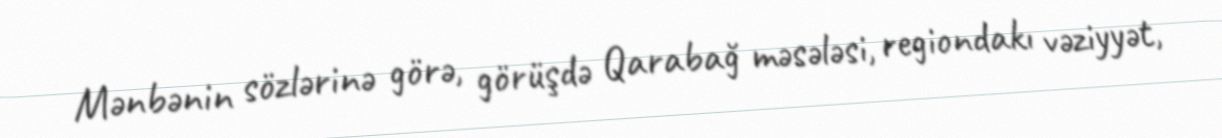
Mənbənin sözlərinə görə, görüşdə Qarabağ məsələsi, regiondakı vəziyyət,